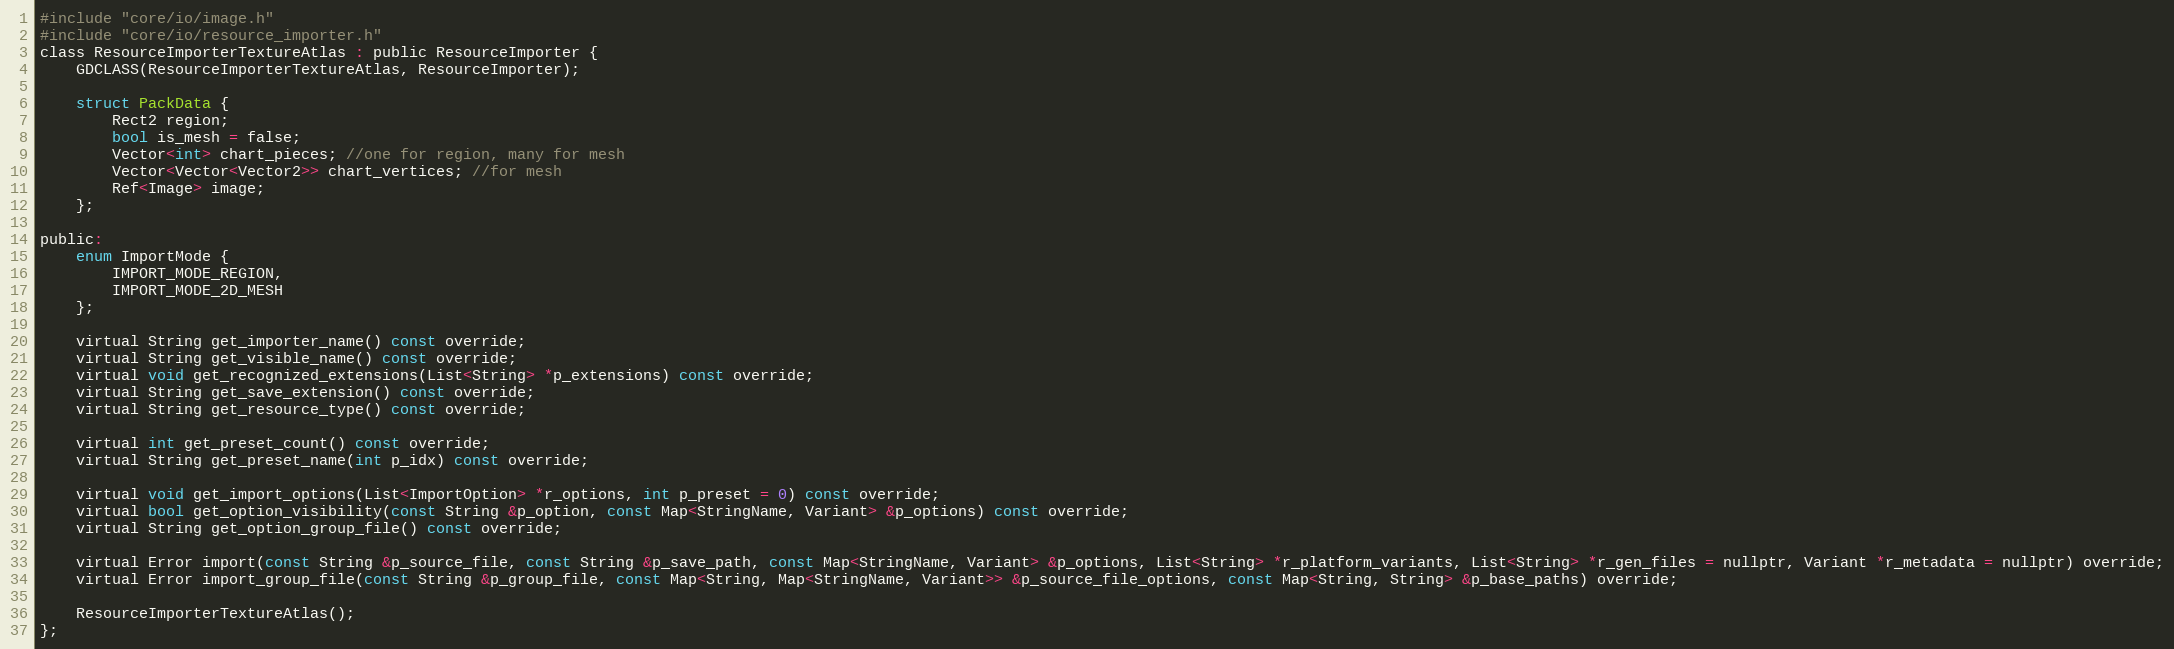
Language: C
#include "core/io/image.h"
#include "core/io/resource_importer.h"
class ResourceImporterTextureAtlas : public ResourceImporter {
	GDCLASS(ResourceImporterTextureAtlas, ResourceImporter);

	struct PackData {
		Rect2 region;
		bool is_mesh = false;
		Vector<int> chart_pieces; //one for region, many for mesh
		Vector<Vector<Vector2>> chart_vertices; //for mesh
		Ref image;
	};

public:
	enum ImportMode {
		IMPORT_MODE_REGION,
		IMPORT_MODE_2D_MESH
	};

	virtual String get_importer_name() const override;
	virtual String get_visible_name() const override;
	virtual void get_recognized_extensions(List<String> *p_extensions) const override;
	virtual String get_save_extension() const override;
	virtual String get_resource_type() const override;

	virtual int get_preset_count() const override;
	virtual String get_preset_name(int p_idx) const override;

	virtual void get_import_options(List<ImportOption> *r_options, int p_preset = 0) const override;
	virtual bool get_option_visibility(const String &p_option, const Map<StringName, Variant> &p_options) const override;
	virtual String get_option_group_file() const override;

	virtual Error import(const String &p_source_file, const String &p_save_path, const Map<StringName, Variant> &p_options, List<String> *r_platform_variants, List<String> *r_gen_files = nullptr, Variant *r_metadata = nullptr) override;
	virtual Error import_group_file(const String &p_group_file, const Map<String, Map<StringName, Variant>> &p_source_file_options, const Map<String, String> &p_base_paths) override;

	ResourceImporterTextureAtlas();
};